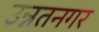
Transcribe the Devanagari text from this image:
उन्नतनगर